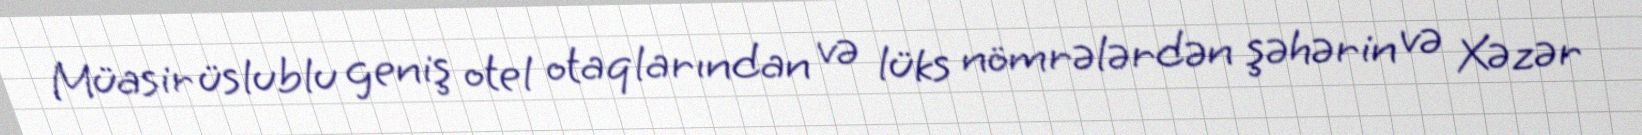
Müasir üslublu geniş otel otaqlarından və lüks nömrələrdən şəhərin və Xəzər